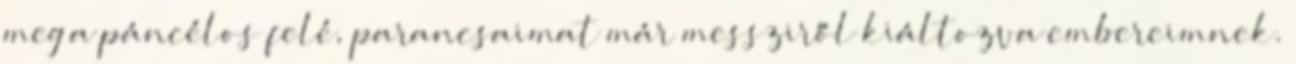
meg a páncélos felé, parancsaimat már messziről kiáltozva embereimnek.